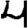
Digit: 4